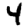
Digit: 4